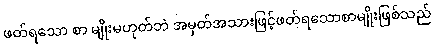
ဖတ်ရသော စာ မျိုးမဟုတ်ဘဲ အမှတ်အသားဖြင့်ဖတ်ရသောစာမျိုးဖြစ်သည်